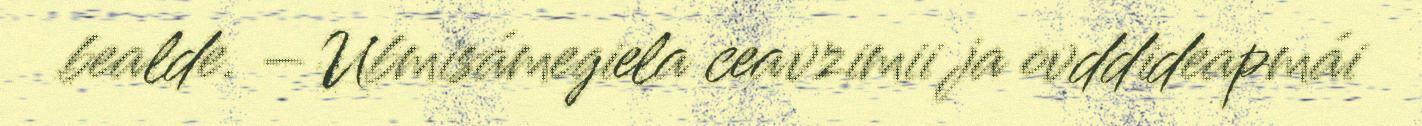
bealde. – Ubmisámegiela ceavzimii ja ovddideapmái